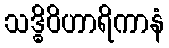
သဒ္ဓိဝိဟာရိကာနံ